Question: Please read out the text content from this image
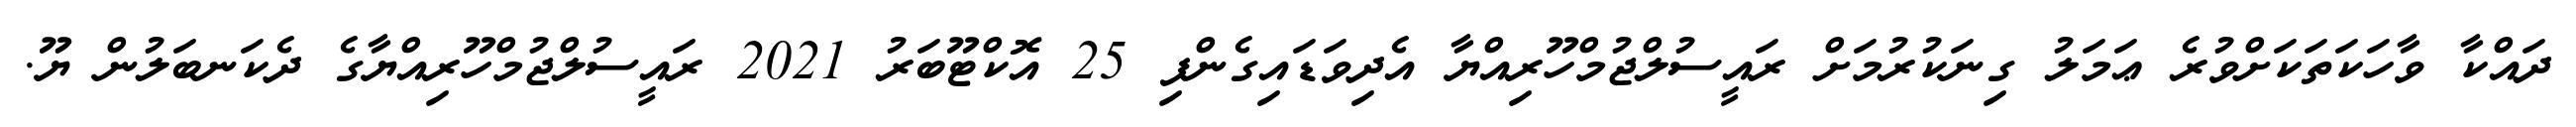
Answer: ދައްކާ ވާހަކަތަކަށްވުރެ ޢަމަލު ގިނަކުރުމަށް ރައީސުލްޖުމްހޫރިއްޔާ އެދިވަޑައިގެންފި 25 އޮކްޓޫބަރު 2021 ރައީސުލްޖުމްހޫރިއްޔާގެ ދެކަނބަލުން ޔޫ.